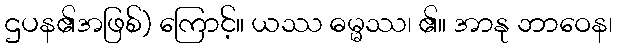
ဌပန၏အဖြစ်) ကြောင့်။ ယဿ ဓမ္မဿ၊ ၏။ အာနု ဘာဝေန၊